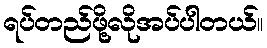
ရပ်တည်ဖို့လိုအပ်ပါတယ်။